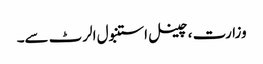
وزارت ، چینل استنبول الرٹ سے۔